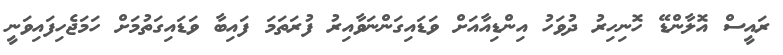
ރައީސް އޮލާންޑޭ ހޮނިހިރު ދުވަހު އިންޑިއާއަށް ވަޑައިގަންނަވާއިރު ފުރަތަމަ ފައިބާ ވަޑައިގަތުމަށް ހަމަޖެހިފައިވަނީ